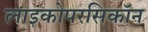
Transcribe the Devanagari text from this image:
लाइकोपरसिकॉन